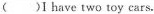
( )I have two toy cars.